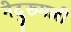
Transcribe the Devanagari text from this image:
नेदुरूमल्ली